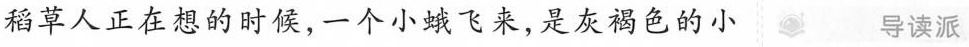
稻草人正在想的时候，一个小蛾飞来，是灰褐色的小 导读派